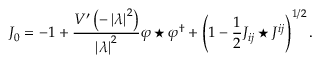
J _ { 0 } = - 1 + \frac { V ^ { \prime } \left( - \left| \lambda \right| ^ { 2 } \right) } { \left| \lambda \right| ^ { 2 } } \varphi \star \varphi ^ { \dagger } + \left( 1 - \frac { 1 } { 2 } J _ { i j } \star J ^ { i j } \right) ^ { 1 / 2 } .